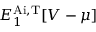
{ E _ { 1 } ^ { \mathrm { A i , T } } [ V - \mu ] }